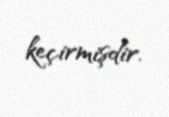
keçirmişdir.